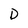
Character: D